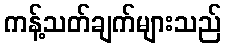
ကန့်သတ်ချက်များသည်